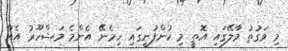
މި ވަގުތު މާލޭގައި އޮތީ މި ކުންފުނީގައި ހިމެނޭ އެންމެ މަޝްހޫރު އެއް